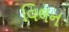
વિલન